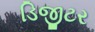
ડિજીટર